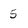
Character: 5